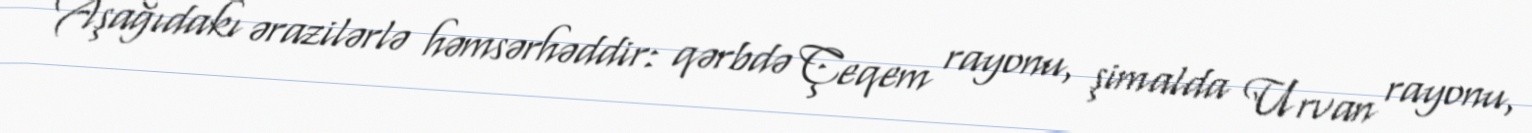
Aşağıdakı ərazilərlə həmsərhəddir: qərbdə Çeqem rayonu, şimalda Urvan rayonu,